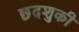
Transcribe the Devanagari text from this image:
छदशुकी